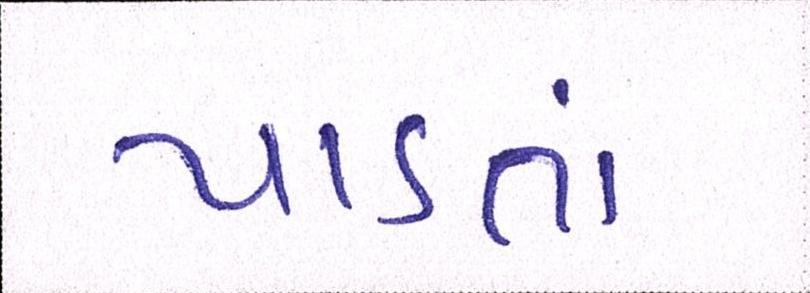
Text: પાડતાં